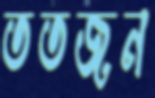
ততজন